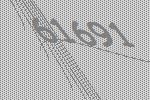
61691